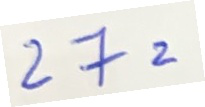
27 =